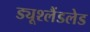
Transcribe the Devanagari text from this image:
ड्यूश्लैंडलेड